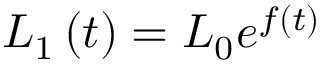
L _ { 1 } \left( t \right) = L _ { 0 } e ^ { f \left( t \right) }